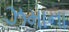
ઝમાના